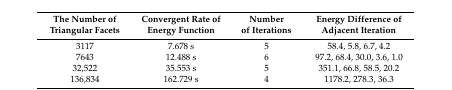
| The Number of Triangular Facets | Convergent Rate of Energy Function | Number of Iterations | Energy Difference of Adjacent Iteration |
 | --- | --- | --- | --- |
 | 3117 | 7.678 s | 5 | 58.4, 5.8, 6.7, 4.2 |
 | 7643 | 12.488 s | 6 | 97.2, 68.4, 30.0, 3.6, 1.0 |
 | 32,522 | 35.553 s | 5 | 351.1, 66.8, 58.5, 20.2 |
 | 136,834 | 162.729 s | 4 | 1178.2, 278.3, 36.3 |